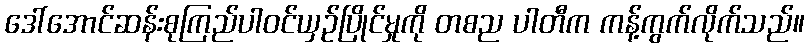
ဒေါ်အောင်ဆန်းစုကြည်ပါဝင်ယှဉ်ပြိုင်မှုကို တစည ပါတီက ကန့်ကွက်လိုက်သည်။